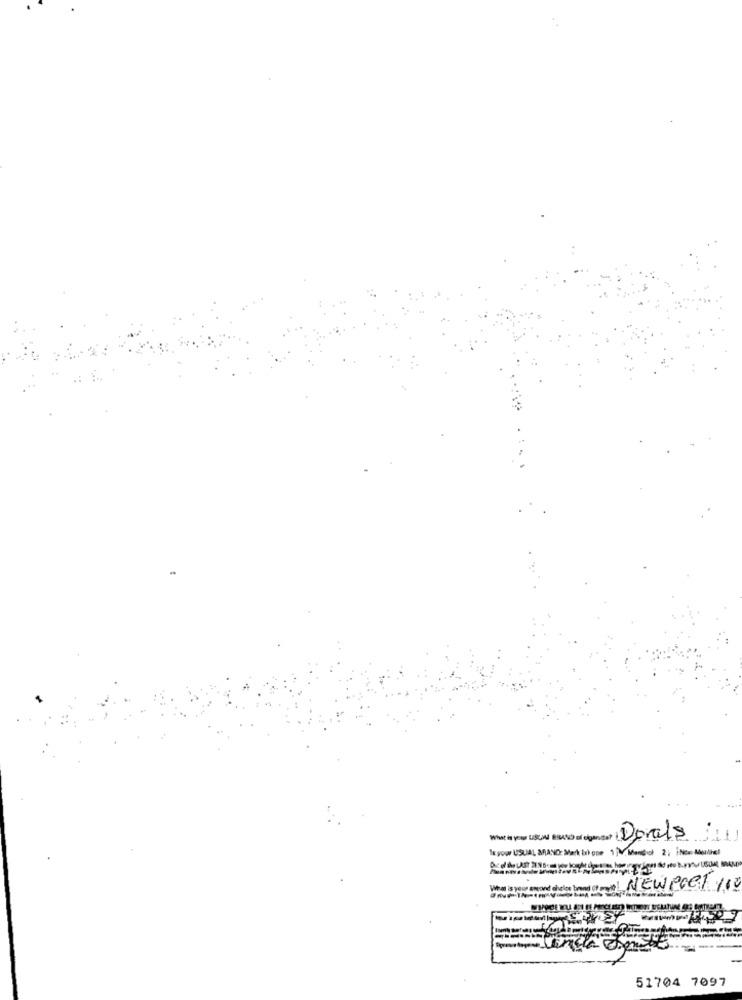
Dorals :11
1x your USUAL BRAND: Mark bil one 1 }\, Mandol 2; iNce Mathel
What is your escand chelo bend of evil) NEWeGET 163
51704 7097